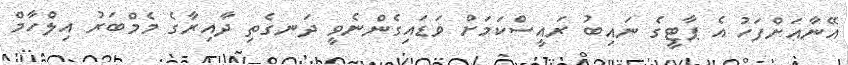
އޭނާއަށްފަހު އެ ޕާޓީގެ ނައިބު ރައީސްކަމަށް ވަޑައިގެންނެވީ ދަނގެތި ދާއިރާގެ މެމްބަރު އިލްހާމް